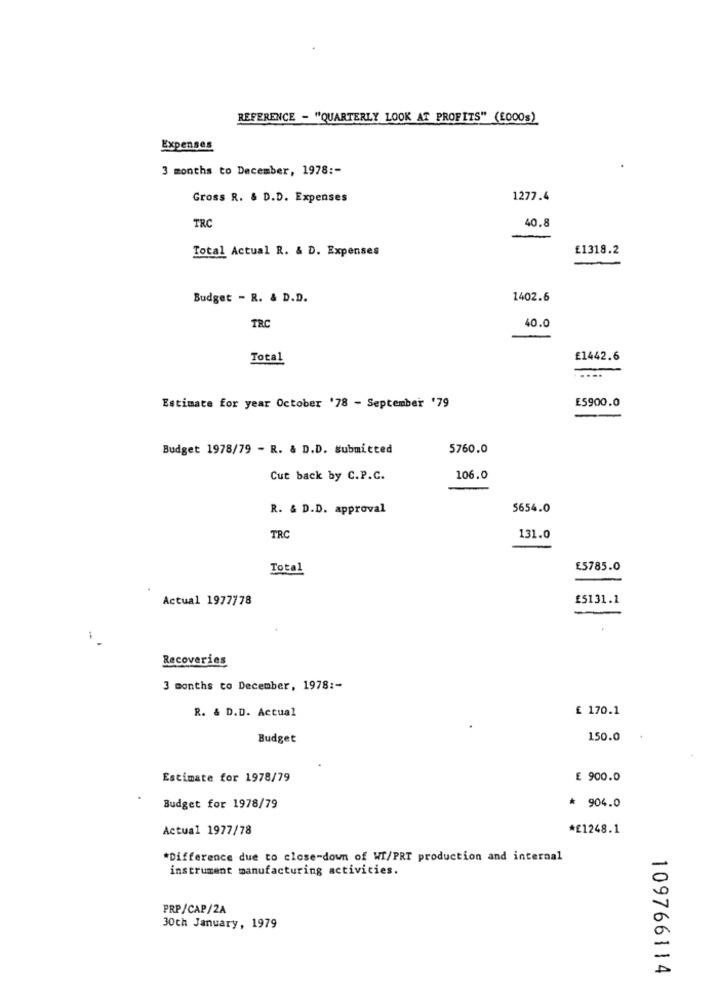
REFERENCE - "QUARTERLY LOOK AT PROFITS" (E000s)
Expenses
3 months to December, 1978 :-
Gross R. & D.D. Expenses
1277.4
40.8
TRO
Total Actual R. & D. Expenses
£1318.2
Budget - R. & D.D.
1402.6
TRC
40.0
Total
£1442.6
-
-
E5900.0
Estimate for year October '78 - September '79
Budget 1978/79 - R. & D.D. Submitted
5760.0
Cut back by C.P.C.
106.0
R. & D.D. approval
5654.0
TRC
131.0
Total
£5785.0
Actual 1977778
£5131.1
-
Recoveries
3 months to December, 1978 :-
R. & D.D. Actual
£ 170.1
Budget
150.0
Estimate for 1978/79
£ 900.0
Budget for 1978/79
* 904.0
Actual 1977/78
*£1248.1
*Difference due to close-down of WI/PRT production and internal
instrument manufacturing activities.
PRP/CAP/2A
30th January, 1979
109766114